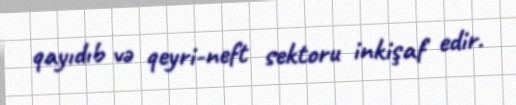
qayıdıb və qeyri-neft sektoru inkişaf edir.